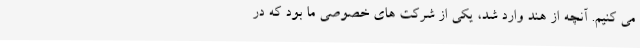
می ‌کنیم. آنچه از هند وارد شد، یکی از شرکت ‌های خصوصی ما بود که در